Lunatic asylums Central Provinces reports 1886-1894 - 1886-1894
Year: 1886
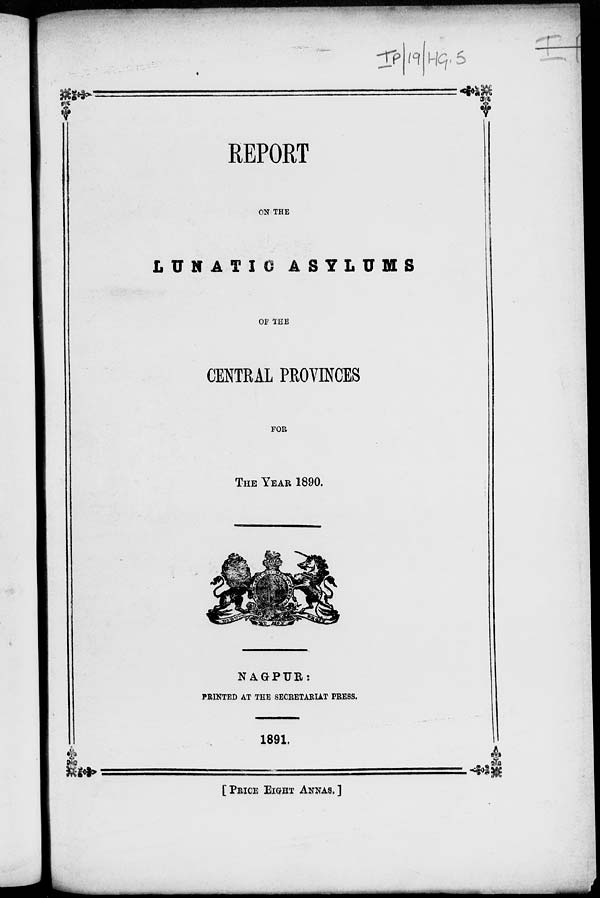
REPORT
ON THE
LUNATIC
ASYLUMS
OF THE
CENTRAL PROVINCES
FOR
THE YEAR 1890.
NAGPUR:
PRINTED AT THE SECRETARIAT PRESS.
1891.
[PRICE EIGHT ANNAS.]